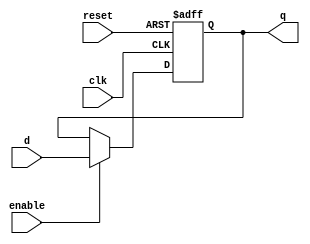
`timescale 1ns / 1ps
module register (
	input wire clk,
	input wire reset,
	input wire enable,
	input wire [31:0]d,
	output reg [31:0]q
);
always@(posedge clk or posedge reset ) begin
	if (reset) begin 
		q<=32'd0;
	end else begin 
		if(enable) begin 
			q<=d;
		end 		
	end
end
endmodule